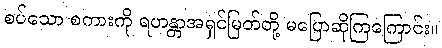
စပ်သော စကားကို ရဟန္တာအရှင်မြတ်တို့ မပြောဆိုကြကြောင်း။